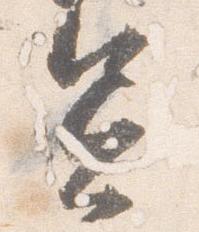
憲